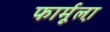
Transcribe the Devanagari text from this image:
फार्मूला़